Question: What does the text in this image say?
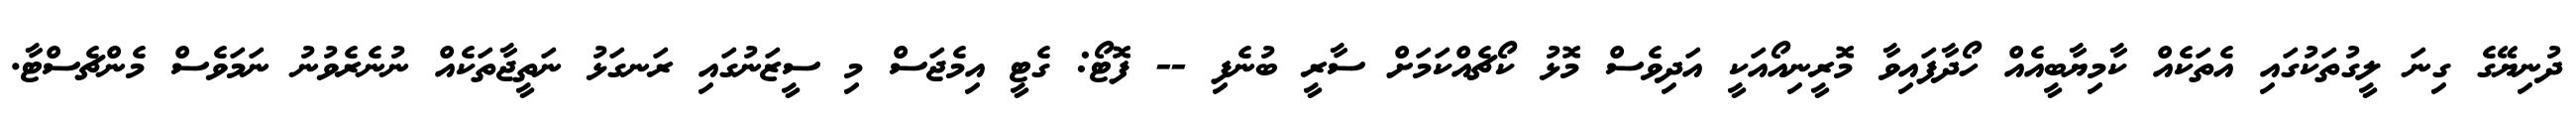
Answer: ދުނިޔޭގެ ގިނަ ލީގުތަކުގައި އެތަކެއް ކާމިޔާބީއެއް ހޯދާފައިވާ މޮރީނިއޯއަކީ އަދިވެސް މޮޅު ކޯޗެއްކަމަށް ސާރީ ބުނެފި -- ފޮޓޯ: ގެޓީ އިމެޖަސް މި ސީޒަނުގައި ރަނގަޅު ނަތީޖާތަކެއް ނުނެރެވުނު ނަމަވެސް މެންޗެސްޓާ.